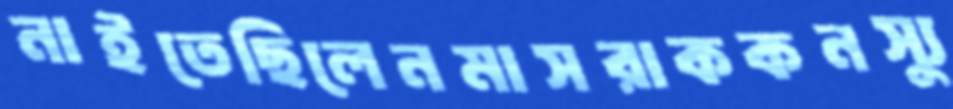
নাইতেছিলেনমাসরাককনস্যু